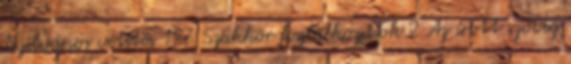
Nyilvános vetítés 197 Szakkör foglalkozások 2 Az írott szöveg